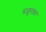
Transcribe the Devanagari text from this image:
मजुरांवर